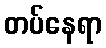
တပ်နေရာ